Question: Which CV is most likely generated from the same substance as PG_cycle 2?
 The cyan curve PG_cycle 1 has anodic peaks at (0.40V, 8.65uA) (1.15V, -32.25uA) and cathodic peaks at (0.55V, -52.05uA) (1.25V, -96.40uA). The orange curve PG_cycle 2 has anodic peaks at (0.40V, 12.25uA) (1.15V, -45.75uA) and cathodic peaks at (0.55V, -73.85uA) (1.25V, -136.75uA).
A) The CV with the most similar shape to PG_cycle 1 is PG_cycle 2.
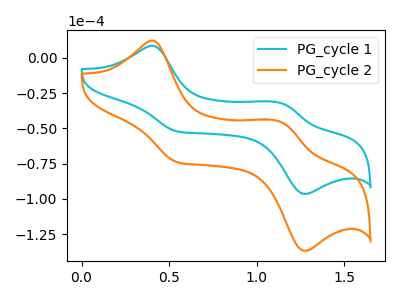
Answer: <think>All the peaks in "PG_cycle 1" have a peak in "PG_cycle 2" at the same potential.
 </think>
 <answer>A) The CV with the most similar shape to "PG_cycle 1" is "PG_cycle 2".</answer>
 <eval>A</eval>